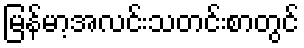
မြန်မာ့အလင်းသတင်းစာတွင်